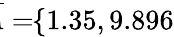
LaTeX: \! \! \! \! \! \! \! \; \; \overline{{A}}=\! \! \{ 1.35,9.896\} \! \! \!